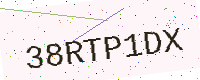
Text: 38RTP1DX